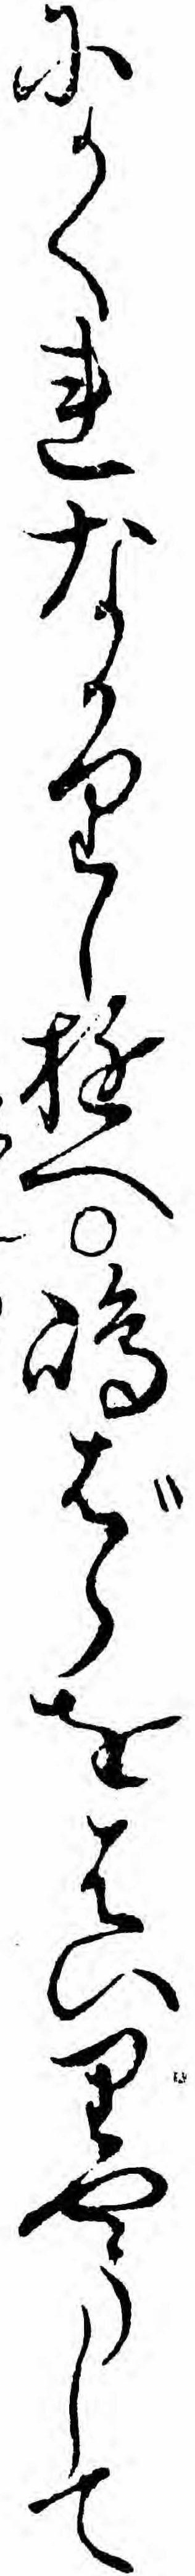
にかくれなかりしゆへ島ばらをはいりやうして